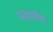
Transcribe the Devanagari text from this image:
प्रदर्शण